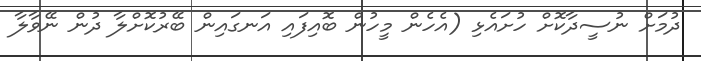
ދުމަށް ނުސީދާކޮށް ހުށައެޅި (އެހެން މީހުން ބޮއިފައި އަނގައިން ބޭރުކޮށްލާ ދުން ނޭވާލާ